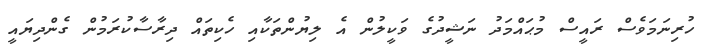
ހުރިނަމަވެސް ރައީސް މުޙައްމަދު ނަޝީދުގެ ވަކީލުން އެ ލިޔުންތަކާއި ހެކިތައް ދިރާސާކުރަމުން ގެންދިޔައީ